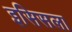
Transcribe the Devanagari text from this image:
इसिसला